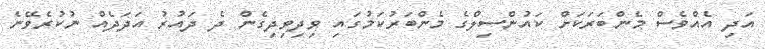
އަދި އެއްވެސް މެންބަރަކަށް ކައުންސިލްގެ މެންބަރުކަމުގައި ވިދިވިދިގެން ދެ ދައުރު އަދަދެއް ނުކުރެވޭނެ